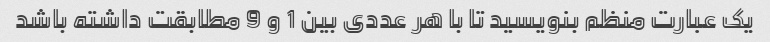
یک عبارت منظم بنویسید تا با هر عددی بین 1 و 9 مطابقت داشته باشد